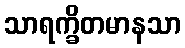
သာရက္ခိတမာနသာ